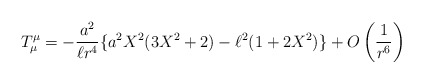
\begin{align*}T_{\mu }^{\mu }=-\frac{a^{2}}{\ell r^{4}}\{a^{2}X^{2}(3X^{2}+2)-\ell^{2}(1+2X^{2})\}+O\left( \frac{1}{r^{6}}\right) \end{align*}